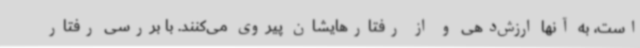
است، به آنها ارزش‌دهی و از رفتارهایشان پیروی می‌کنند. با بررسی رفتار